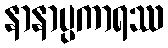
နာနာပ္ပကာရဿ